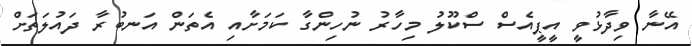
އޭނާ ވިދާޅުވީ އީޕީއެސް ސްކޫލު މިހާރު ނުހިންގާ ކަމަށާއި އެތަން އަނބުރާ ދައުލަތަށް